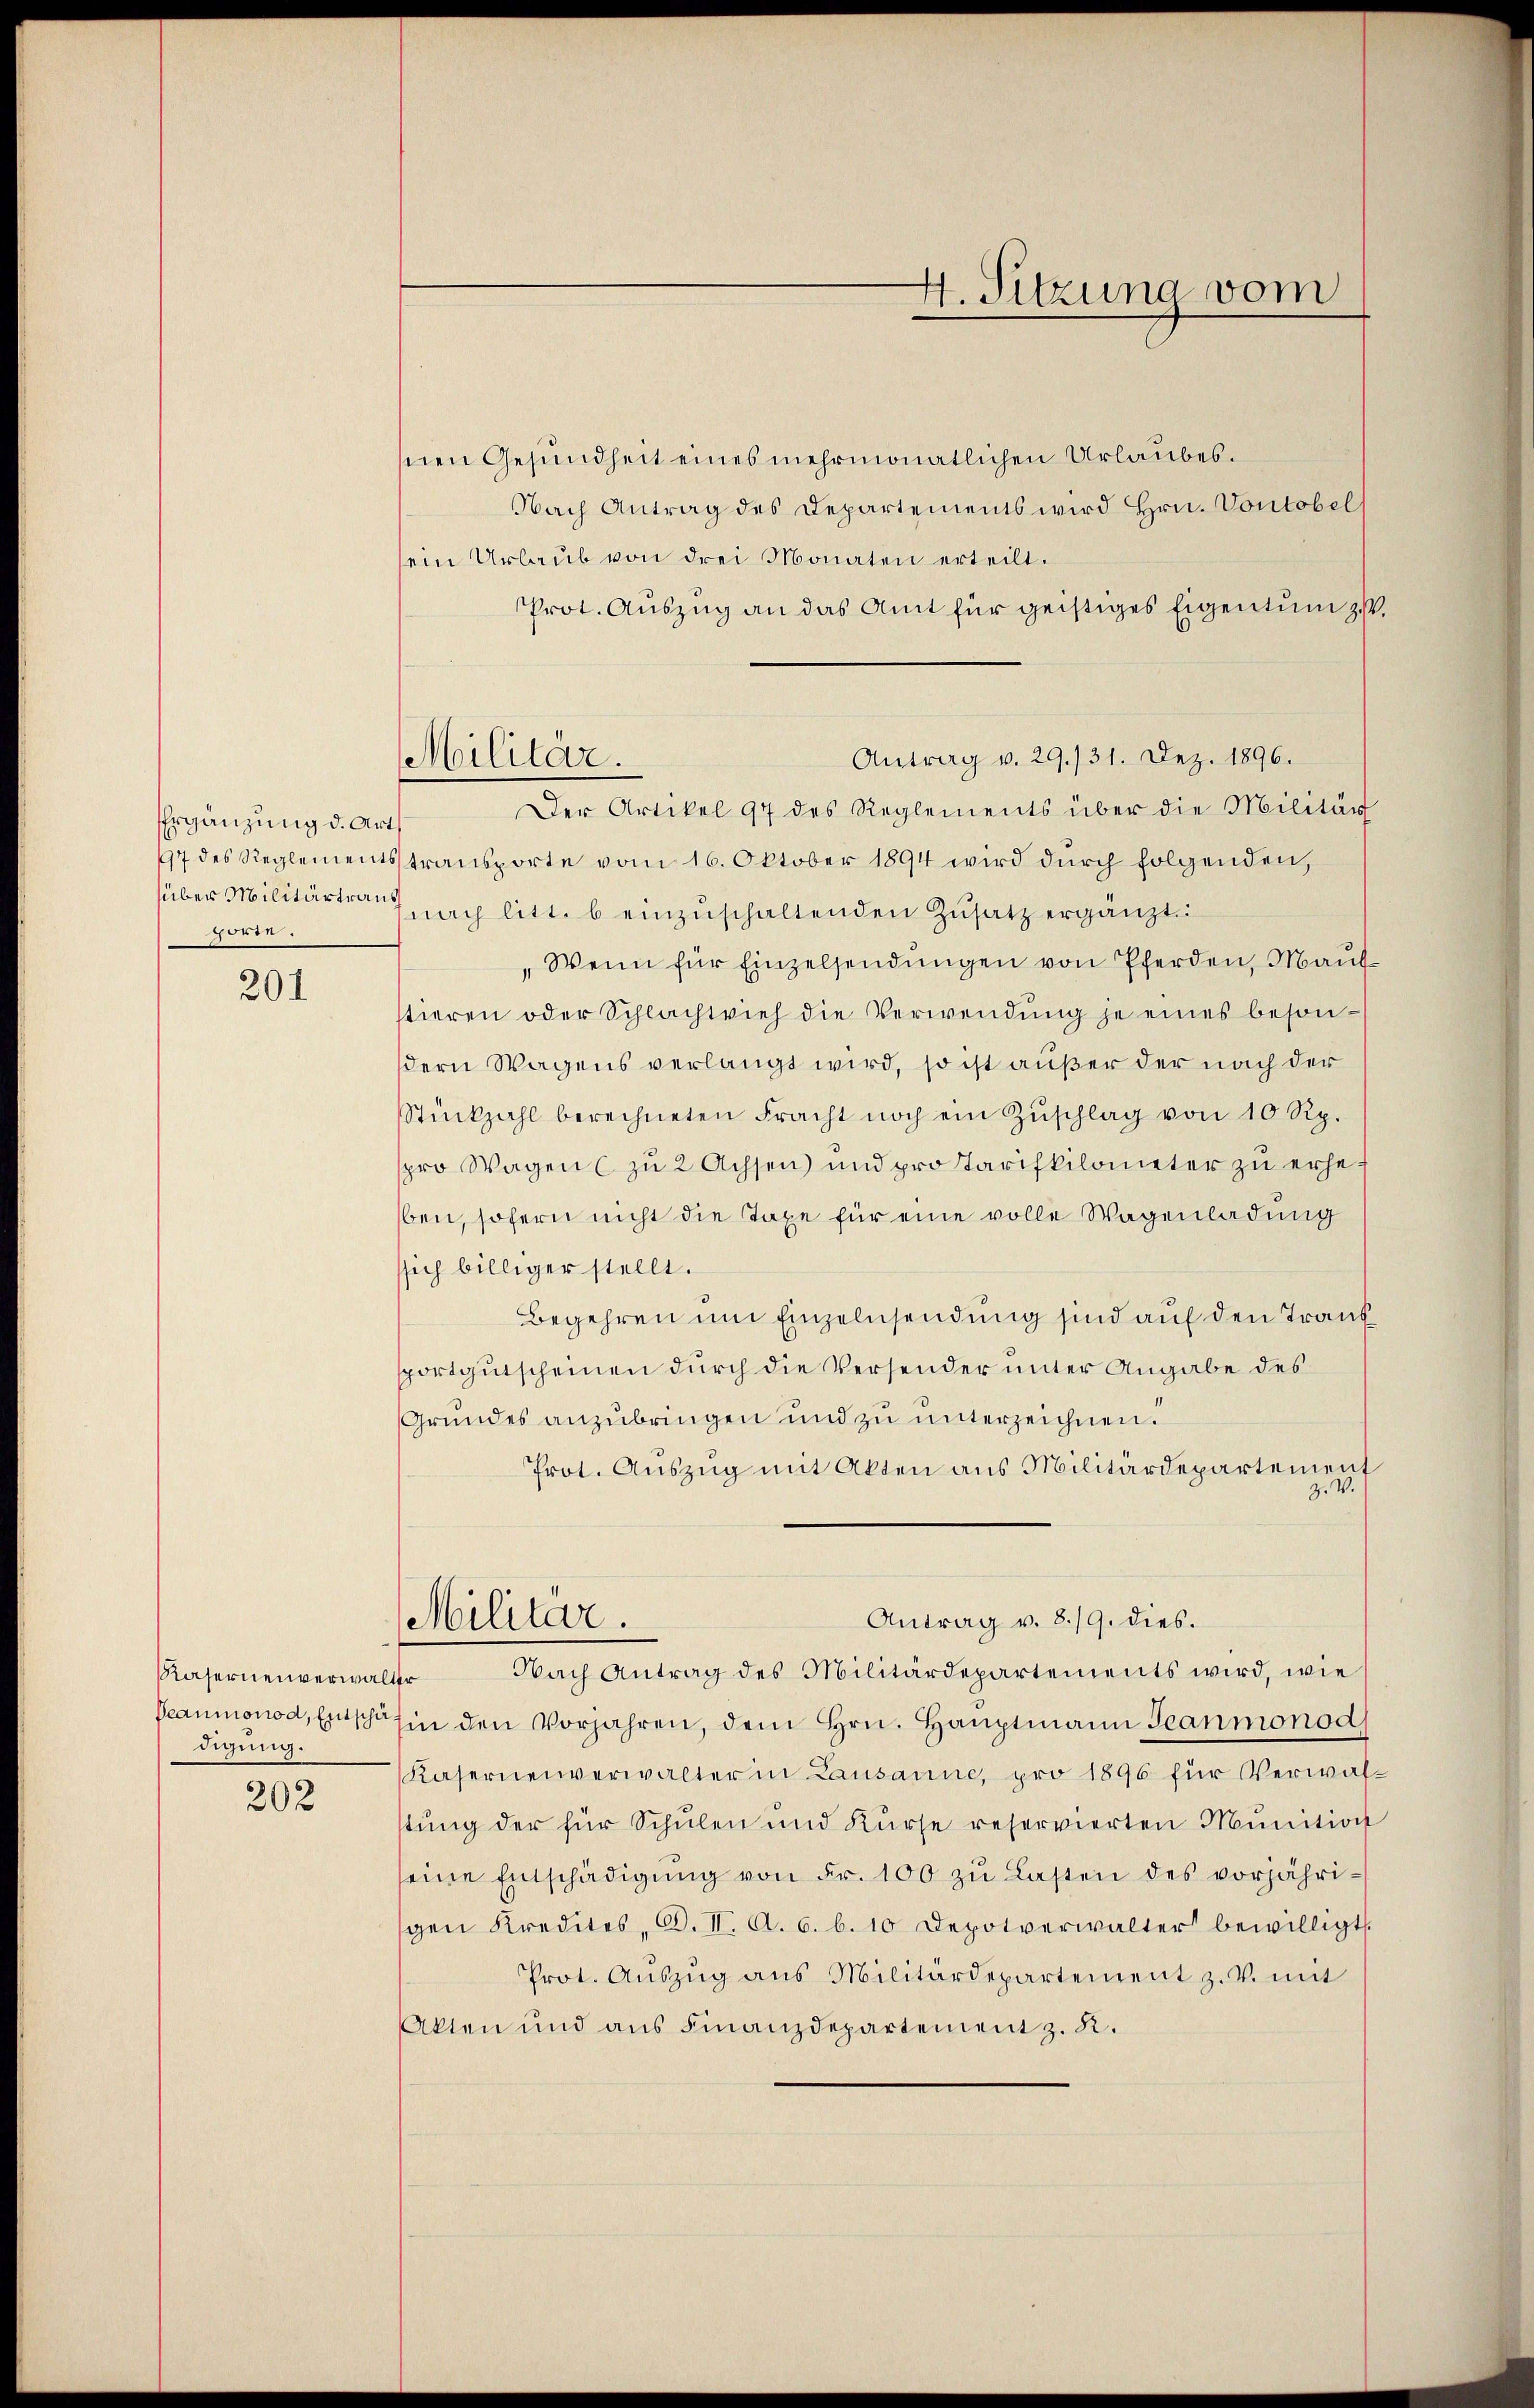
Ergänzung d. Art.
e

201

Peaumonod, Entschä
digung.

202

Militär.

4. Sitzung vom

snen Gesundheit eines mehrmonatlichen Urlaubes.
Nach Antrag des Departements wird Hrn. Vontobel
sein Urlaub von drei Monaten erteilt.
Prot. Auszug an das Amt für geistiges Eigentum zust
Antrag v. 29./31. Dez. 1896.
Der Artikel 97 des Reglements über die Militär
97 des Reglementsstransporte vom 16. Oktober 1894 wird durch folgenden,
über Militärtrag nach litt. b einzŭschaltenden Zusatz ergänzt
Wenn für Einzelsendŭngen von Pferden, Mauf
stieren oder Schlachtvieh die Verwendŭng je eines beson-
dern Wagens verlangt wird, so ist außer der nach der
Stückzahl berechneten Fracht noch ein Zŭschlag von 10 Rp.
pro Wagen (zu 2 Achsen und pro Tarifkilometer zŭ erheben, sofern nicht die Taxe für eine volle Wagenladung
ssich billiger stellt.
Begehren um Einzelnsendung sind auf den Trans
sportgutscheinen durch die Versender unter Angabe des
Grundes anzubringen und zu unterzeichnen.
Prot. Auszug mit Akten aus Militärdepartement
Z. V.
Antrag v. 8./9. dies.
Militar.
Kasernenverwalter Nach Antrag des Militärdepartements wird, wie
in den Vorjahren, dem Hrn. Hauptmann Jeanmonod
Kasernenverwalter in Lausanne, pro 1896 für Verwalstung der für Schulen und Kurse reservierten Munition
seine Entschädigŭng von Fr. 100 zu Lasten des vorjährigen Kredites, Bd. II. A. 6. b. 10 Depotverwalter bewilligt.
Prot. Aŭszŭg ans Militärdepartement z. V. mit
Akten und aus Finanzdepartement z. R.